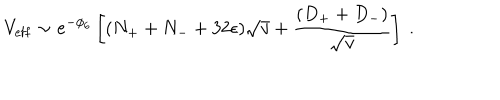
LaTeX: V _ { \mathrm { e f f } } \sim e ^ { - \phi _ { 6 } } \left[ ( N _ { + } + N _ { - } + 3 2 \epsilon ) \sqrt { v } + \frac { ( D _ { + } + D _ { - } ) } { \sqrt { v } } \right] \ .